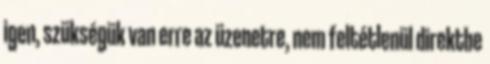
igen, szükségük van erre az üzenetre, nem feltétlenül direktbe